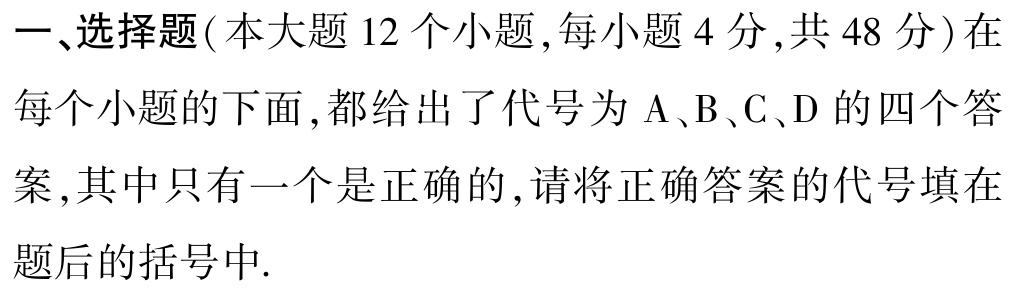
一、选择题(本大题 12 个小题 ,每小题 4 分 ,共 48 分)在每个小题的下面 ,都给出了代号为 A、B、C、D 的四个答案 ,其中只有一个是正确的 ,请将正确答案的代号填在题后的括号中.